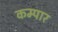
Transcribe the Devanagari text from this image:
कम्पार